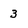
Character: 3